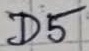
Text: D5